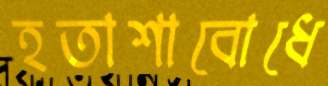
হতাশাবোধে